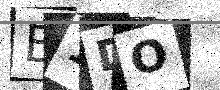
Text: B1DO